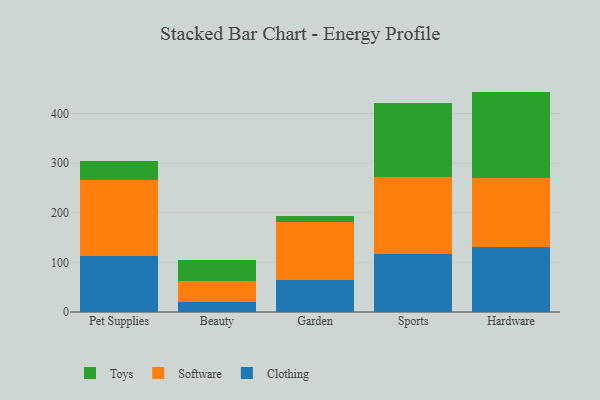
{"axis": {"x": "Category", "y": "LTV (USD)"}, "legend": ["Clothing", "Software", "Toys"], "data": [{"x": "Pet Supplies", "y": 112.4, "type": "Clothing"}, {"x": "Pet Supplies", "y": 153.1, "type": "Software"}, {"x": "Pet Supplies", "y": 38.6, "type": "Toys"}, {"x": "Beauty", "y": 21.1, "type": "Clothing"}, {"x": "Beauty", "y": 42.2, "type": "Software"}, {"x": "Beauty", "y": 40.6, "type": "Toys"}, {"x": "Garden", "y": 63.6, "type": "Clothing"}, {"x": "Garden", "y": 118.5, "type": "Software"}, {"x": "Garden", "y": 11.3, "type": "Toys"}, {"x": "Sports", "y": 116.1, "type": "Clothing"}, {"x": "Sports", "y": 156.8, "type": "Software"}, {"x": "Sports", "y": 149.1, "type": "Toys"}, {"x": "Hardware", "y": 130.9, "type": "Clothing"}, {"x": "Hardware", "y": 138.6, "type": "Software"}, {"x": "Hardware", "y": 174.6, "type": "Toys"}]}